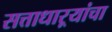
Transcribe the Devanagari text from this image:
सत्ताधाऱ्यांचा